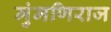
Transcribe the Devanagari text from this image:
मुंमणिराज